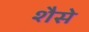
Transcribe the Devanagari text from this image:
शैसे